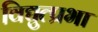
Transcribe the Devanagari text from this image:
विद्युत्प्रभा